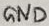
Text: GND